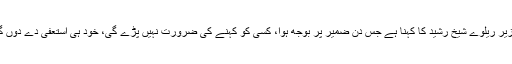
وزیر ریلوے شیخ رشید کا کہنا ہے جس دن ضمیر پر بوجھ ہوا، کسی کو کہنے کی ضرورت نہیں پڑے گی، خود ہی استعفیٰ دے دوں گا۔